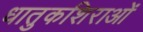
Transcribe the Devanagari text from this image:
धातुकशिराओं